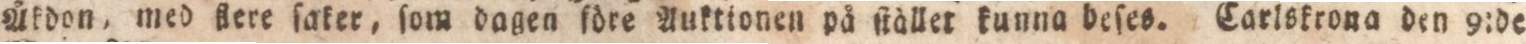
Åkdon, med klere ſaker, ſom dagen före Anktionen på ſtället kunna beſes. Carlskrona den 9:de